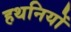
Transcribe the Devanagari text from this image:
हथनियों